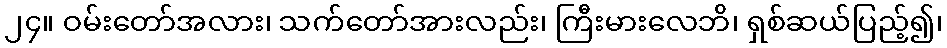
၂၄။ ဝမ်းတော်အလား၊ သက်တော်အားလည်း၊ ကြီးမားလေဘိ၊ ရှစ်ဆယ်ပြည့်၍၊